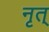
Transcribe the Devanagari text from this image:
नृत्